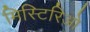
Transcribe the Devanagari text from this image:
मिस्टिरिओ